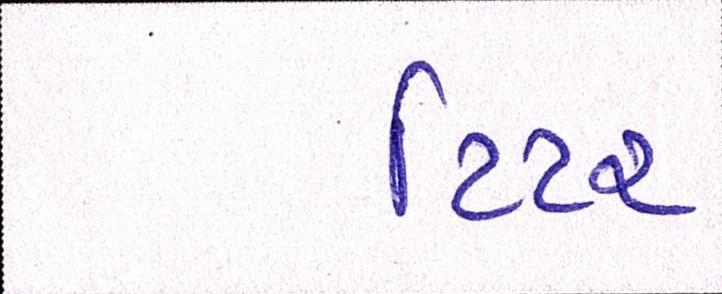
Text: ટિંટર